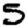
Digit: 5